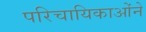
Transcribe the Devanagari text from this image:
परिचायिकाओंने